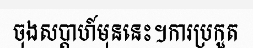
ចុងសប្តាហ៍មុននេះ។ការប្រកួត